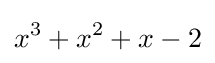
x^{3}+x^{2}+x-2